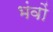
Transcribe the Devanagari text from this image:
भंवों